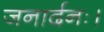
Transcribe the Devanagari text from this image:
जनार्दनः।